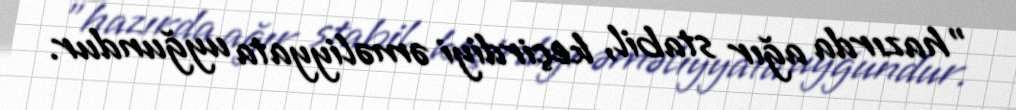
"hazırda ağır stabil, keçirdiyi əməliyyata uyğundur.